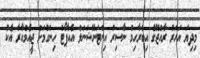
މިދިޔަ އަހަރު ރާއްޖޭގެ އިބްރާހިމް ނާސިރު އިންޓަނޭޝަނަލް އެއާޕޯޓް ހިންގުމަށް ޖީއެމްއާރާ އެކު